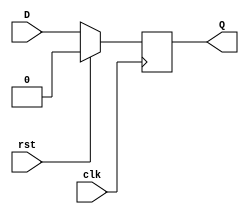
module D_trigger (D,clk,rst,Q);
input D; // Data input 
input clk; // clock input 
input rst; // synchronous reset 
output reg Q; // output Q 
always @(posedge clk) 
begin
 if(rst==1'b1)
  Q <= 1'b0; 
 else 
  Q <= D; 
end 
endmodule
module key_test
(input clk, start,
output load, mux, shift_1, shift_2, ready);


wire Q1, Q2, D1, D2;
wire [3 : 0] counter;
counter counter_1 (clk, start, counter);

D_trigger D_trigger_1 (D1, clk, rst, Q1);
D_trigger D_trigger_2 (D2, clk, rst, Q2);

assign load = ((~Q1 && ~Q2 && start) || (~Q1 && Q2) || (Q1 && ~Q2 && counter[3] && counter[2] && counter[1] && ~counter[0]) || (Q1 && ~Q2 && ~counter[3] && counter[2] && counter[1] && counter[0]) || (Q1 && Q2 && ~counter[3] && ~counter[2] && ~counter[1] && counter[0]) || (Q1 && Q2 && counter[3] && ~counter[2] && ~counter[1] && ~counter[0]) || (Q1 && ~Q2) || (Q1 && Q2));
assign mux = ((~Q1 && Q2) || (Q1 && ~Q2 && counter[3] && counter[2] && counter[1] && ~counter[0]) || (Q1 && ~Q2 && ~counter[3] && counter[2] && counter[1] && counter[0]) || (Q1 && Q2 && ~counter[3] && ~counter[2] && ~counter[1] && counter[0]) || (Q1 && Q2 && counter[3] && ~counter[2] && ~counter[1] && ~counter[0]) || (Q1 && ~Q2) || (Q1 && Q2));
assign shift_1 = ((~Q1 && ~Q2 && start) || (~Q1 && Q2) || (Q1 && ~Q2 && counter[3] && counter[2] && counter[1] && ~counter[0]) || (Q1 && ~Q2 && ~counter[3] && counter[2] && counter[1] && counter[0]) || (Q1 && Q2 && ~counter[3] && ~counter[2] && ~counter[1] && counter[0]) || (Q1 && Q2 && counter[3] && ~counter[2] && ~counter[1] && ~counter[0]) || (Q1 && ~Q2) || (Q1 && Q2));
assign shift_2 = ((Q1 && ~Q2 && counter[3] && counter[2] && counter[1] && ~counter[0]) || (Q1 && ~Q2 && ~counter[3] && counter[2] && counter[1] && counter[0]) || (Q1 && Q2));
assign ready = (Q1 && ~Q2 && ~counter[3] && ~counter[2] && ~counter[1] && ~counter[0]);

assign D1 = ((~Q1 && Q2) || (Q1 && ~Q2) || (Q1 && ~Q2 && counter[3] && counter[2] && counter[1] && ~counter[0]) || (Q1 && ~Q2 && ~counter[3] && counter[2] && counter[1] && counter[0]) || (Q1 && Q2 && ~counter[3] && ~counter[2] && ~counter[1] && counter[0]) || (Q1 && Q2 && counter[3] && ~counter[2] && ~counter[1] && ~counter[0]) || (Q1 && Q2));
assign D2 = ((~Q1 && ~Q2 && start) || (~Q1 && Q2) || (Q1 && ~Q2) || (Q1 && ~Q2 && counter[3] && counter[2] && counter[1] && ~counter[0]) || (Q1 && ~Q2 && ~counter[3] && counter[2] && counter[1] && counter[0]) || (Q1 && Q2));

endmodule